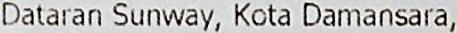
DATARAN SUNWAY, KOTA DAMANSARA,